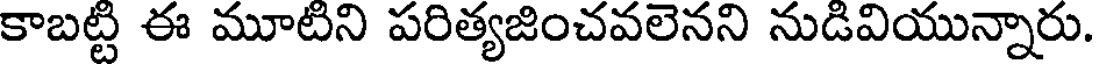
కాబట్టి ఈ మూటిని పరిత్యజించవలెనని నుడివియున్నారు